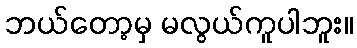
ဘယ်တော့မှ မလွယ်ကူပါဘူး။